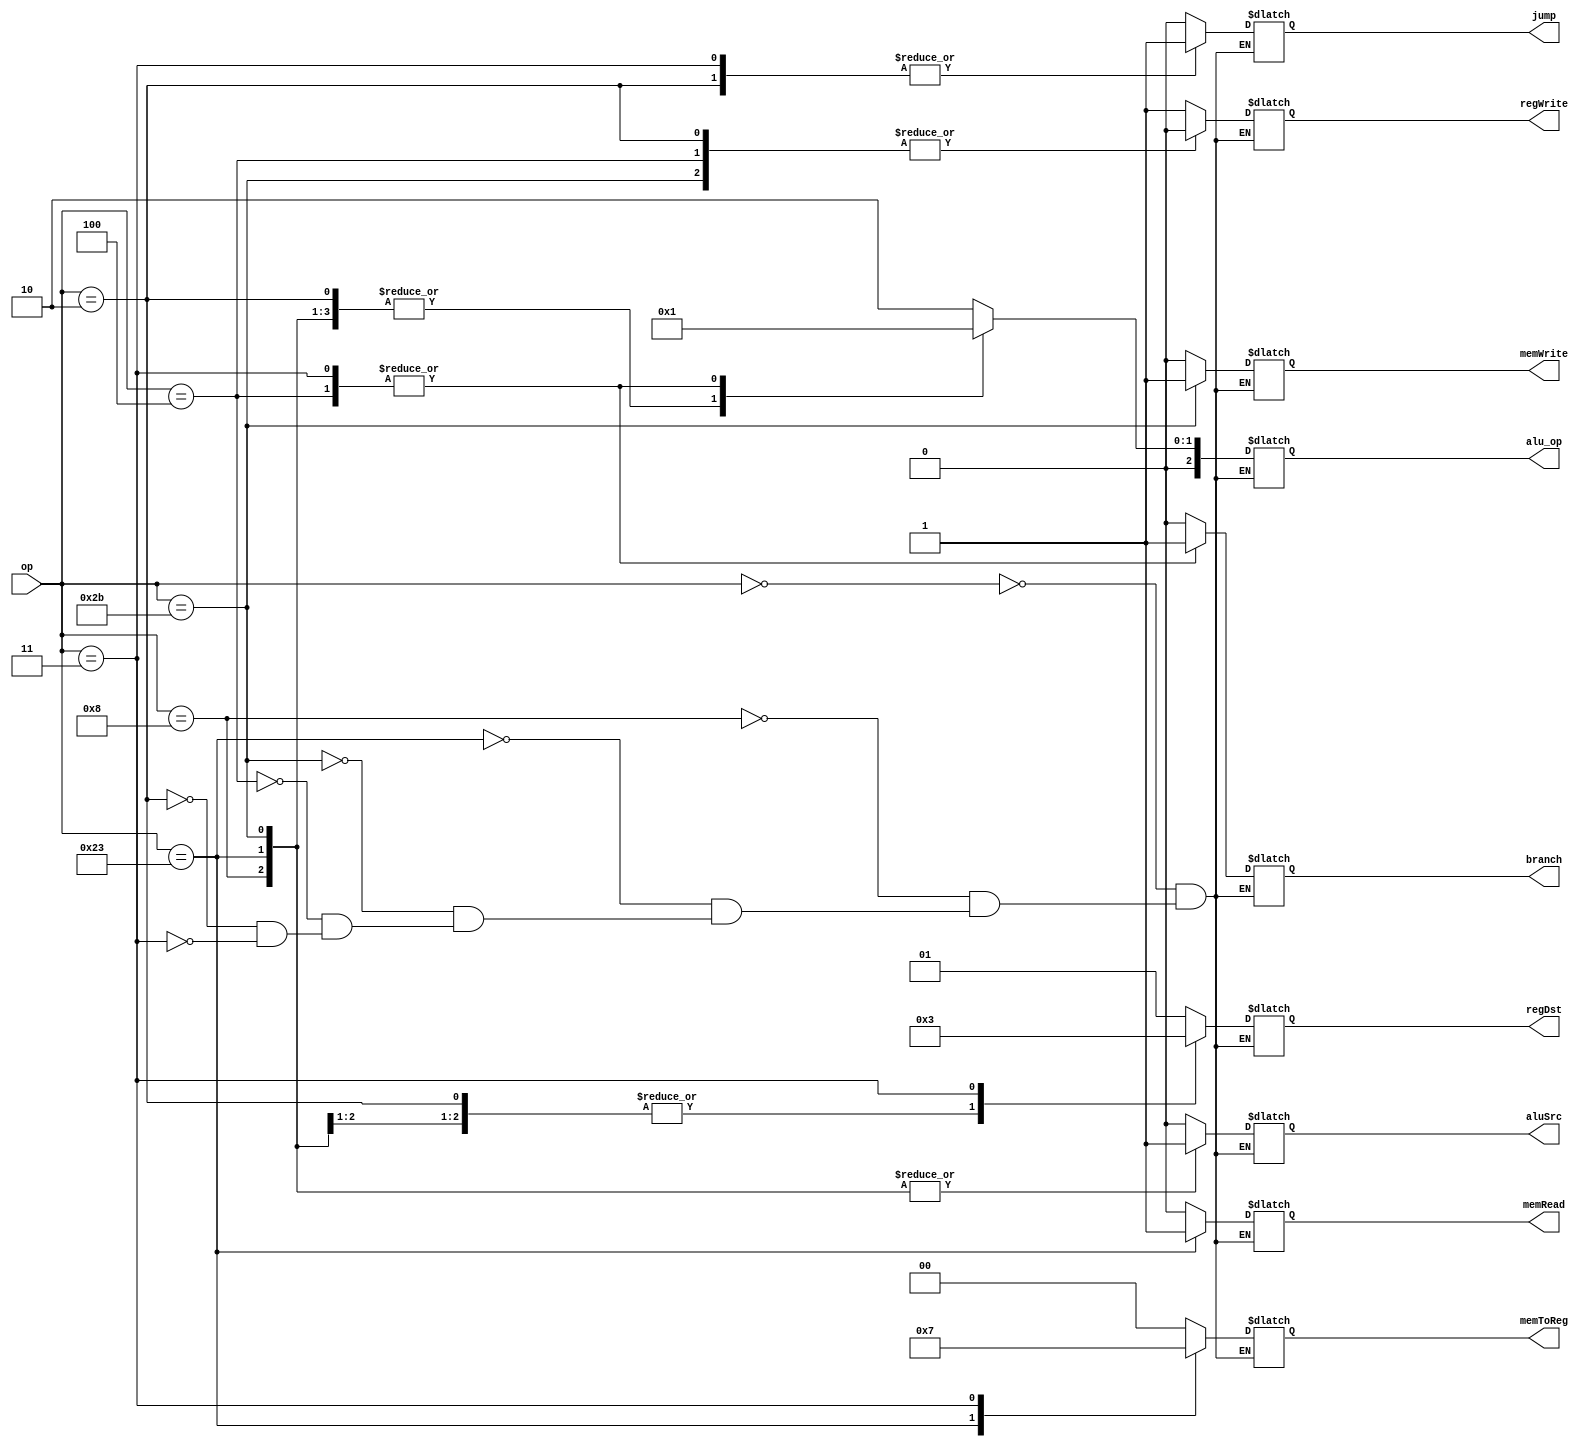
module control (input [5:0] op,output reg [2:0] alu_op,output reg [1:0] regDst,output reg aluSrc,output reg[1:0] memToReg, output reg regWrite,
    memRead, memWrite, branch,jump);
  always @(*) begin
  case (op)
    6'h0 : //R-format
    begin
      regDst <= 2'b1; 
      branch <= 1'b0;
      memRead <= 1'b0;
      memToReg <=  2'b0;
      alu_op <= 2'b10;
      memWrite  <= 1'b0;
      aluSrc <= 1'b0;
      regWrite <= 1'b1;
		jump <= 1'b0;
      end
    6'h8 ://addi
    begin
      regDst <= 2'b0;
      branch <= 1'b0;
      memRead <= 1'b0;
      memToReg <= 2'b0;
      alu_op <= 2'b00;
      memWrite <= 1'b0;
      aluSrc <= 1'b1;
      regWrite <= 1'b1;
		jump <= 1'b0;
    end
    6'h23://lw
    begin
		regDst <= 2'b0;
      aluSrc <= 1'b1;
      memToReg <= 2'b1;
		regWrite <= 1'b1;
      memRead <= 1'b1;
		memWrite <= 1'b0;
		branch <= 1'b0;
      alu_op <= 2'b00;
		jump <= 1'b0;
    end
    6'h2b://sw
    begin
      regDst <= 2'bx;
      aluSrc <= 1'b1;
      memToReg <= 2'bx;
		regWrite <= 1'b0;
      memRead <= 1'b0;
		memWrite <= 1'b1;
		branch <= 1'b0;
      alu_op <= 2'b00;
		jump <= 1'b0;
    end
    6'h4://beq
    begin
		regDst <= 2'bx;
      aluSrc <= 1'b0;
      memToReg <= 2'bx;
		regWrite <= 1'b0;
      memRead <= 1'b0;
		memWrite <= 1'b0;
      branch <= 1'b1;
      alu_op <= 2'b01;
		jump <= 1'b0;
    end
    6'h5://bnq
    begin

    end
	 6'h2://?jump
    begin
		regDst <= 2'b00;
      aluSrc <= 1'b0;
      memToReg <= 2'b00;
		regWrite <= 1'b0;
      memRead <= 1'b0;
		memWrite <= 1'b0;
      branch <= 1'b0;
      alu_op <= 2'b00;
		jump <= 1'b1;
    end
	 6'h3://?jumpandlink
    begin
		regDst <= 2'b11;
      aluSrc <= 1'b0;
      memToReg <= 2'b11;
		regWrite <= 1'b1;
      memRead <= 1'b0;
		memWrite <= 1'b0;
      branch <= 1'b1;
      alu_op <= 2'b01;
		jump <= 1'b1;
    end

  endcase
  end

  /*reg addi, andi, lw, sw, ori, beq, bne, j, jal, slti, r_format, x_found;

  always @(*) begin
    
    addi     <= 1'b0;
    lw       <= 1'b0;
    sw       <= 1'b0;
    ori      <= 1'b0;
    beq      <= 1'b0;
    bne      <= 1'b0;
    j        <= 1'b0;
    jal      <= 1'b0;
    andi     <= 1'b0;
    ori      <= 1'b0;
    r_format <= 1'b0;
    x_found  <= 1'b0;
    case (op)
      6'dx      : x_found  <= 1'b1;
      6'b001000 : addi     <= 1'b1; 
      6'b100011 : lw       <= 1'b1; 
      6'b101011 : sw       <= 1'b1; 
      6'b000100 : beq      <= 1'b1; 
      6'b000101 : bne      <= 1'b1; 
      6'b000010 : j        <= 1'b1; 
      6'b000011 : jal      <= 1'b1; 
      6'b001010 : slti     <= 1'b1; 
      6'b000000 : r_format <= 1'b1;
      6'b001100 : andi     <= 1'b1;
      6'b001101 : ori      <= 1'b1;
      6'b001000 : andi      <= 1'b1;
    endcase
  end

  assign regDst0 = r_format & (~x_found);
  assign regDst1 = jal & (~x_found);
  assign aluSrc = (lw | sw | andi | ori | addi) & (~x_found);
  assign memToReg0 = lw & (~x_found);
  assign memToReg1 = jal & (~x_found);
  assign regWrite = (r_format | lw | andi | ori | addi | jal) & (~x_found);
  assign memRead = lw & (~x_found);
  assign memWrite = sw & (~x_found); 
  assign branch = (beq) & (~x_found);
  assign branch_ne = (bne) & (~x_found);
  assign jump = (j | jal) & (~x_found);
  assign alu_op[0] = (beq | bne | andi) & (~x_found);
  assign alu_op[1] = (r_format | andi) & (~x_found);
  assign alu_op[2] = ori & (~x_found);
  */
endmodule